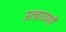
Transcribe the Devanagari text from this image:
उत्त्रायणी